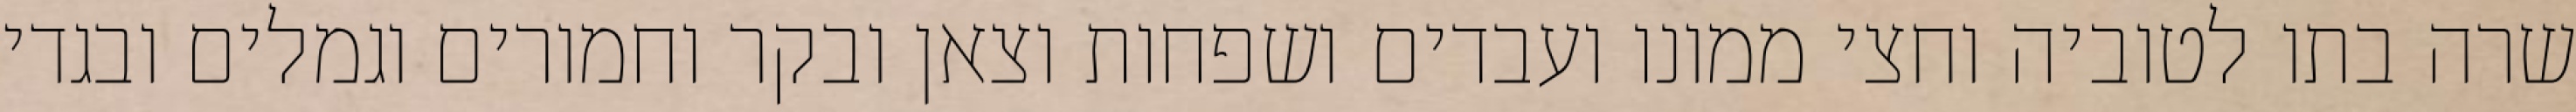
שרה בתו לטוביה וחצי ממונו ועבדים ושפחות וצאן ובקר וחמורים וגמלים ובגדי